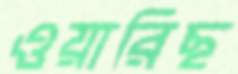
ওয়ারিছ